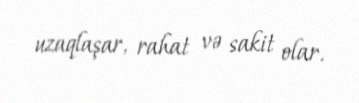
uzaqlaşar, rahat və sakit olar.